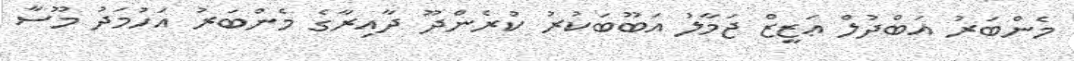
މެންބަރު އަބްދުލް ޢަޒީޒް ޖަމާލު އަބޫބަކުރު ކުރެންދޫ ދާއިރާގެ މެންބަރު އަހުމަދު މޫސާ